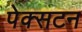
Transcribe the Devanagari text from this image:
पेक्‍सटन